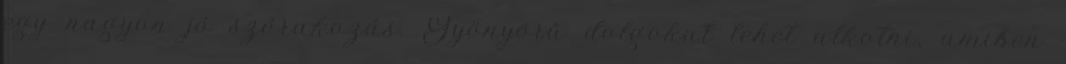
egy nagyon jó szórakozás. Gyönyörű dolgokat lehet alkotni, amiben